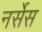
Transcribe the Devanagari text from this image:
नर्सेस